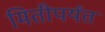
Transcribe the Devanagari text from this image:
मितीपर्यंत